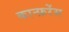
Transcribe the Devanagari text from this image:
कान्फ़रेंस